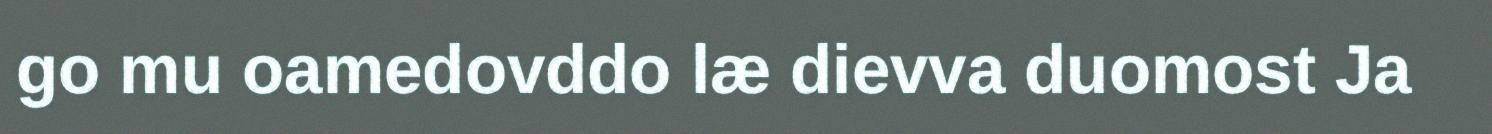
go mu oamedovddo læ dievva duomost Ja